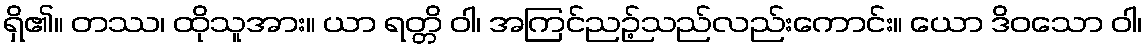
ရှိ၏။ တဿ၊ ထိုသူအား။ ယာ ရတ္တိ ဝါ၊ အကြင်ညဉ့်သည်လည်းကောင်း။ ယော ဒိဝသော ဝါ၊